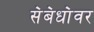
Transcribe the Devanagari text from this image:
स॓ब॓धा॓वर